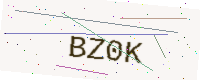
Text: BZ0K